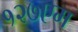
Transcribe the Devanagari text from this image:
१२७एम